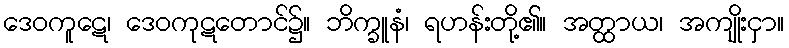
ဒေဝကူဋေ၊ ဒေဝကုဋတောင်၌။ ဘိက္ခူနံ၊ ရဟန်းတို့၏။ အတ္ထာယ၊ အကျိုးငှာ။